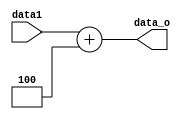
module Adder(data1, data_o);

input [31:0] data1;
output reg [31:0] data_o;

always @ (data1)
begin
	data_o <= data1 + 4;
end

endmodule